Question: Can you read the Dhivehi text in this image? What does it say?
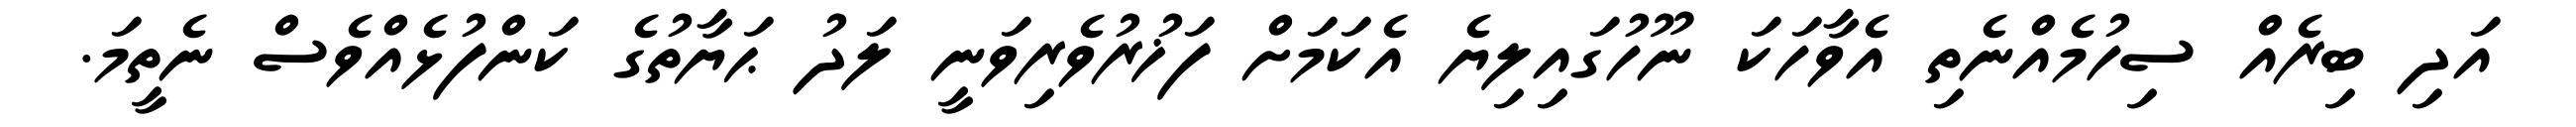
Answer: އަދި ބިރެއް ސިހުމެއްނެތި އެވާހަކަ ނޫހުގައިލިޔެ އެކަމަށް ފަޚުރުވެރިވަނީ ލަދު ޙަޔާތުގެ ކަންފުޅެއްވެސް ނެތީމަ.